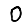
Digit: 0